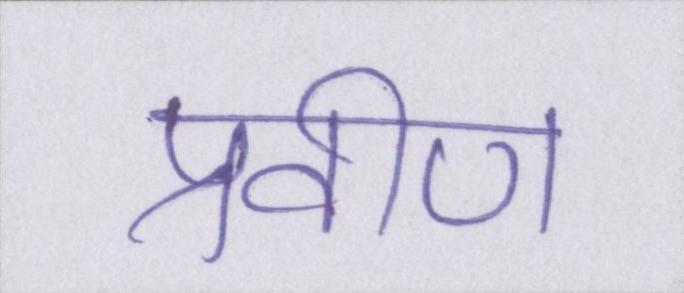
प्रवीण